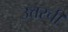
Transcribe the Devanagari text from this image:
उत्तरची